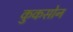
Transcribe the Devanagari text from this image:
कुकसोन